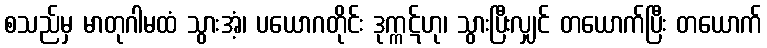
စသည်မှ မာတုဂါမထံ သွားအံ့၊ ပယောဂတိုင်း ဒုက္ကဋ်ဟု၊ သွားပြီးလျှင် တယောက်ပြီး တယောက်